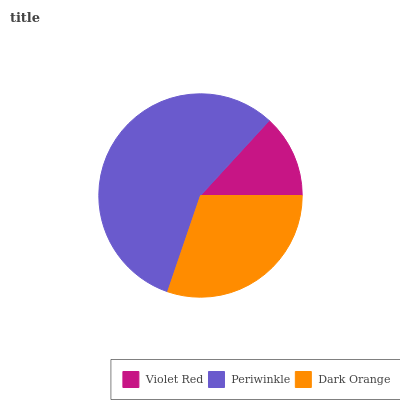
| Violet Red | Periwinkle | Dark Orange |
 | --- | --- | --- |
 | 13.2% | 56.6% | 30.2% |